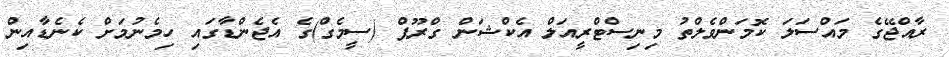
ރާއްޖޭގެ މައްސަލަ ކޮމަންވެލްތު މިނިސްޓްރީއަލް އެކްޝަން ގްރޫޕް (ސީމެގް)ގެ އެޖެންޑާގައި ހިމެނުމަށް ކެނެޑާއިން